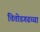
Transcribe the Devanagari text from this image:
चित्तोडगढच्या